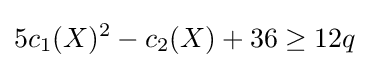
5c_{1}(X)^{2}-c_{2}(X)+36\geq 12q